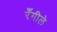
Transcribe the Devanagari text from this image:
रँगीले